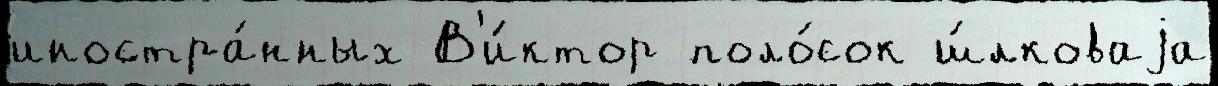
иностра́нных В'и́ктор поло́сок ш́лковаjа